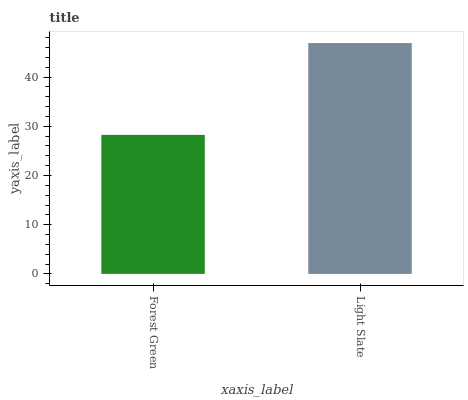
| xaxis_label | bars |
 | --- | --- |
 | Forest Green | 28.3 |
 | Light Slate | 46.9 |